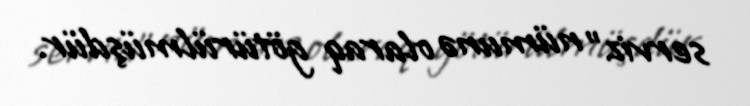
serviz" nümunə olaraq götürülmüşdür.